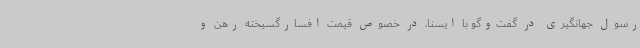
رسول جهانگیری در گفت‌وگو با ایسنا، در خصوص قیمت افسارگسیخته رهن و